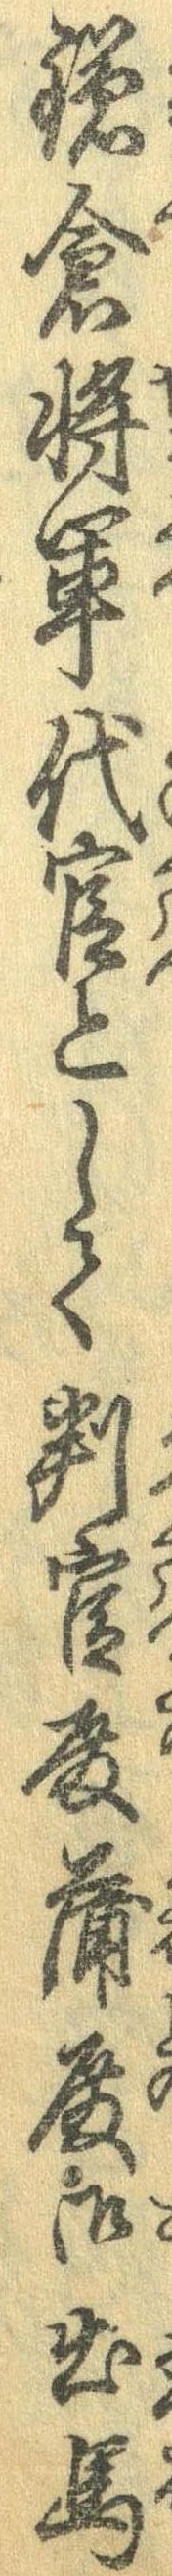
鎌倉将軍代官として判官殿蒲殿御出馬